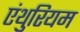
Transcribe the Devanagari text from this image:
एंथुरियम